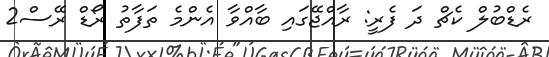
ރެޑްބުލް ކެޗް ދަ ފެރީ: ރާއްޖޭގައި ބާއްވާ އެންމެ ތަފާތު ރޯޑް ރޭސް2